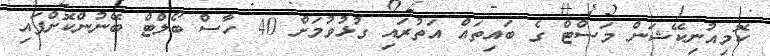
ކޮމިއުނިކޭޝަން މަސްޓް ގެ ބައިތައް އަތުރައި ގުޅުވުމަށް 40 ހާސް ބޯލްޓް ބޭނުންކޮށްފައި